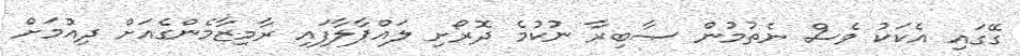
ގޭގައި އެކަކު ވެސް ނެތުމުން ޞާބިރާ ނުކުމެ ދޮރޯށި ލައްޕާލާފައި ރާމިޒާމެންގެއަށް ދިއުމަށް